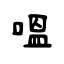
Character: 嗢